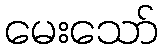
မေးသော်